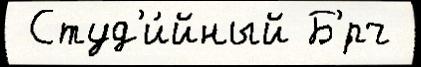
 Студ'и́йный Б'́рч